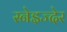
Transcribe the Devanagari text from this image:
स्नेइज्देर